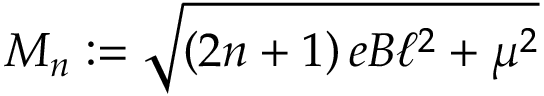
M _ { n } : = \sqrt { \left( 2 n + 1 \right) e B \ell ^ { 2 } + \mu ^ { 2 } }